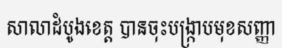
សាលាដំបូងខេត្ត បានចុះបង្ក្រាបមុខសញ្ញា